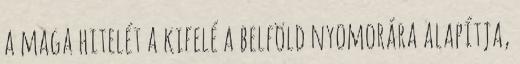
a maga hitelét a kifelé a belföld nyomorára alapítja,